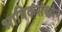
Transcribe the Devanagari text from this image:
भाषिकसंख्येने